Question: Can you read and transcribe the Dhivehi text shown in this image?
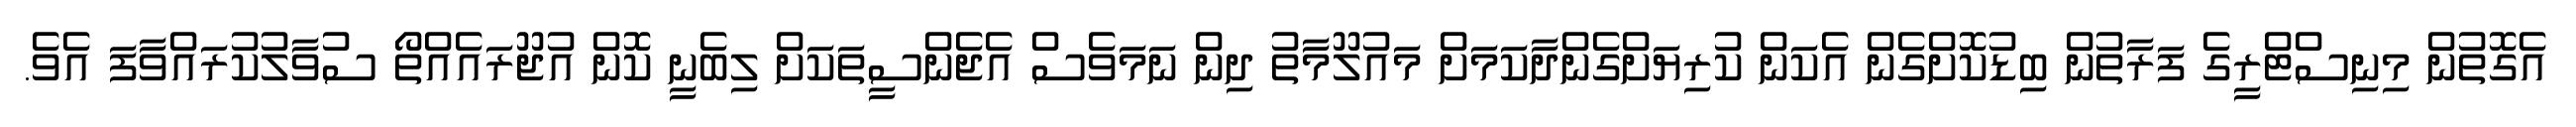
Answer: އެގޮތުން މިނިސްޓްރީގެ ފަރާތުން ބިޑުކޮށްގެން އެކަން ކުރިޔަށްގެންދާކަމަށް މައުލޫމާތު ދިން ނަމަވެސް އެޖެންސީތަކަށް ލިބެނީ ކޮން އުޖޫރައެއްތޯ ސުވާލުކުރައްވާފަ އެވެ.